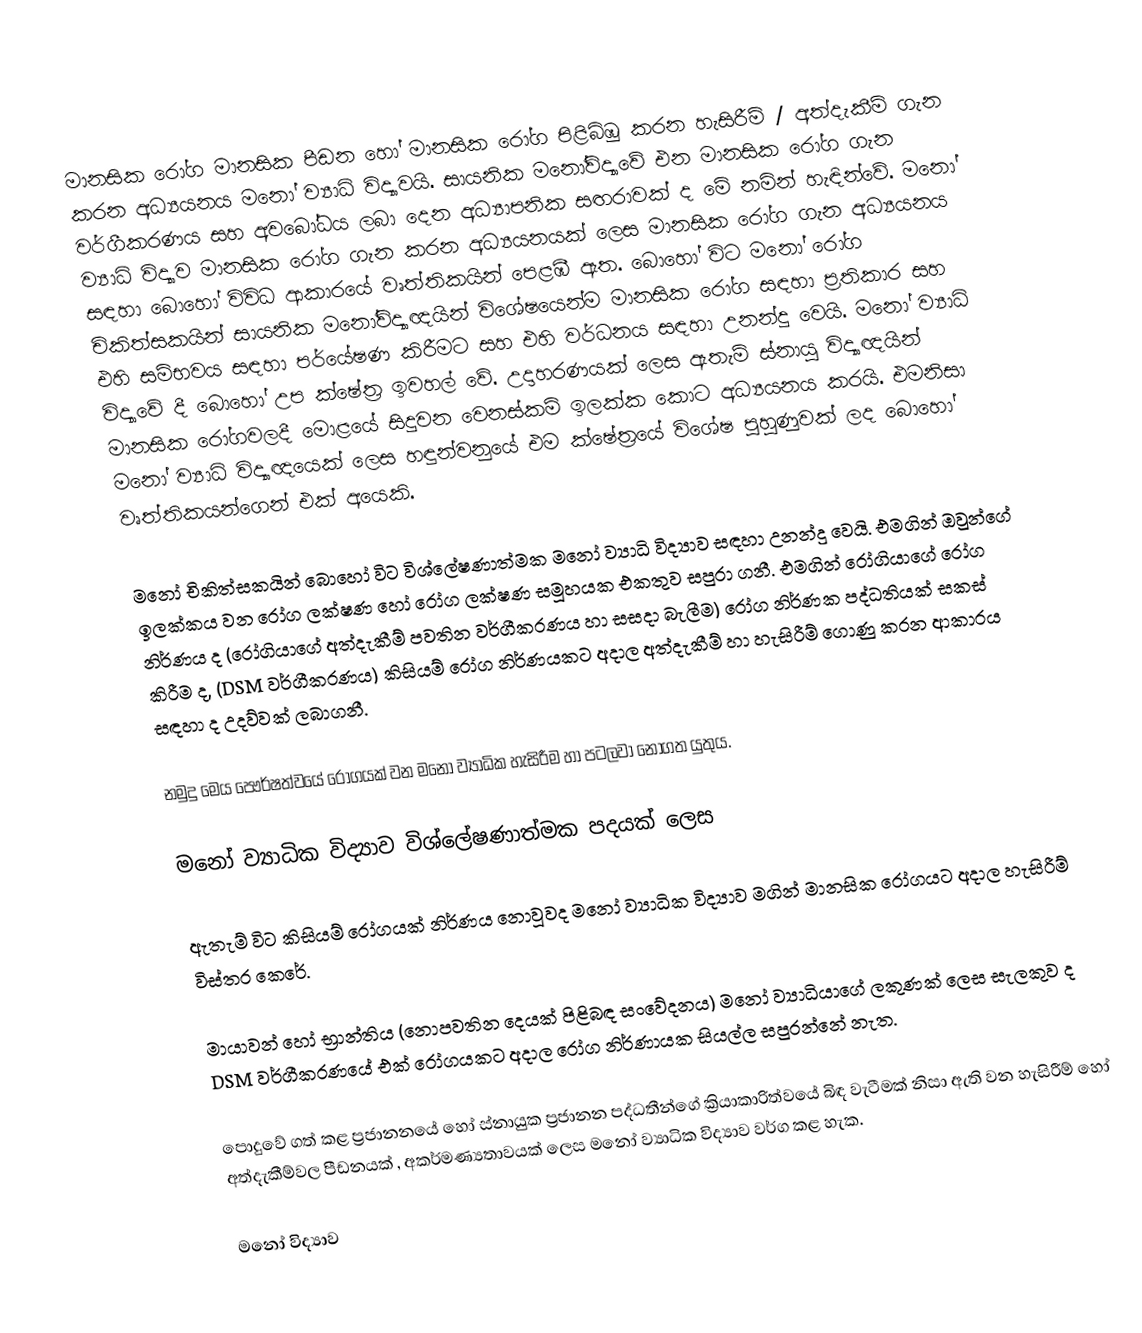
මානසික රෝග මානසික පීඩන හෝ මානසික රෝග පිළිබිඹු කරන හැසිරීම් / අත්දැකීම් ගැන කරන අධ්‍යයනය මනෝ ව්‍යාධි විද්‍යාවයි. සායනික මනෝවිද්‍යාවේ එන මානසික රෝග ගැන වර්ගීකරණය සහ අවබෝධය ලබා දෙන අධ්‍යාපනික සඟරාවක් ද මේ නමින් හැඳින්වේ. මනෝ ව්‍යාධි විද්‍යාව මානසික රෝග ගැන කරන අධ්‍යයනයක් ලෙස මානසික රෝග ගැන අධ්‍යයනය සඳහා බොහෝ විවිධ ආකාරයේ වෘත්තිකයින් පෙළඹී ඇත. බොහෝ විට මනෝ රෝග චිකිත්සකයින් සායනික මනෝවිද්‍යාඥයින් විශේෂයෙන්ම මානසික රෝග සඳහා ප්‍රතිකාර සහ එහි සම්භවය සඳහා පර්යේෂණ කිරීමට සහ එහි වර්ධනය සඳහා උනන්දු වෙයි. මනෝ ව්‍යාධි විද්‍යාවේ දී බොහෝ උප ක්ෂේත්‍ර ඉවහල් වේ. උදාහරණයක් ලෙස ඇතැම් ස්නායු විද්‍යාඥයින් මානසික රෝගවලදී මොළයේ සිදුවන වෙනස්කම් ඉලක්ක කොට අධ්‍යයනය කරයි. එමනිසා මනෝ ව්‍යාධි විද්‍යාඥයෙක් ලෙස හඳුන්වනුයේ එම ක්ෂේත්‍රයේ විශේෂ පුහුණුවක් ලද බොහෝ වෘත්තිකයන්ගෙන් එක් අයෙකි.

මනෝ චිකිත්සකයින් බොහෝ විට විශ්ලේෂණාත්මක මනෝ ව්‍යාධි විද්‍යාව සඳහා උනන්දු වෙයි. එමගින් ඔවුන්ගේ ඉලක්කය වන රෝග ලක්ෂණ හෝ රෝග ලක්ෂණ සමූහයක එකතුව සපුරා ගනී. එමගින් රෝගිය‍ාගේ රෝග නිර්ණය ද (රෝගියාගේ අත්දැකීම් පවතින වර්ගීකරණය හා සසදා බැලීම) රෝග නිර්ණක පද්ධතියක් සකස් කිරීම ද, (DSM වර්ගීකරණය) කිසියම් රෝග නිර්ණයකට අදාල අත්දැකීම් හා හැසිරීම් ගොණු කරන ආකාරය සඳහා ද උදව්වක් ‍ලබාගනී.

නමුදු මෙය පෞර්ෂත්වයේ රෝගයක් වන මනෝ ව්‍යාධික හැසිරීම හා පටලවා නොගත යුතුය.

මනෝ ව්‍යාධික විද්‍යාව විශ්ලේෂණාත්මක පදයක් ලෙස

ඇතැම් විට ‍කිසියම් රෝගයක් නිර්ණය නොවූවද මනෝ ව්‍යාධික විද්‍යාව මගින් මානසික රෝගයට අදාල හැසිරීම් විස්තර කෙරේ.

මායාවන් හෝ භ්‍රාන්තිය (නොපවතින දෙයක් පිළිබඳ සංවේදනය) මනෝ ව්‍යාධියාගේ ලකුණක් ලෙස සැලකුව ද DSM වර්ගීකරණයේ එක් රෝගයකට අදාල රෝග නිර්ණායක සියල්ල සපුරන්නේ නැත.

පොදුවේ ගත් කළ ප්‍රජානනයේ හෝ ස්නායුක ප්‍රජානන පද්ධතීන්ගේ ක්‍රියාකාරිත්වයේ බිඳ වැටීමක් නිසා ඇති වන හැසිරීම් හෝ අත්දැකීම්වල පීඩනයක් , අකර්මණ්‍යතාවයක් ලෙස මනෝ ව්‍යාධික විද්‍යාව වර්ග කළ හැක.

මනෝ විද්‍යාව